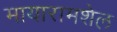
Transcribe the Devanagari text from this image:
मायारामशेल